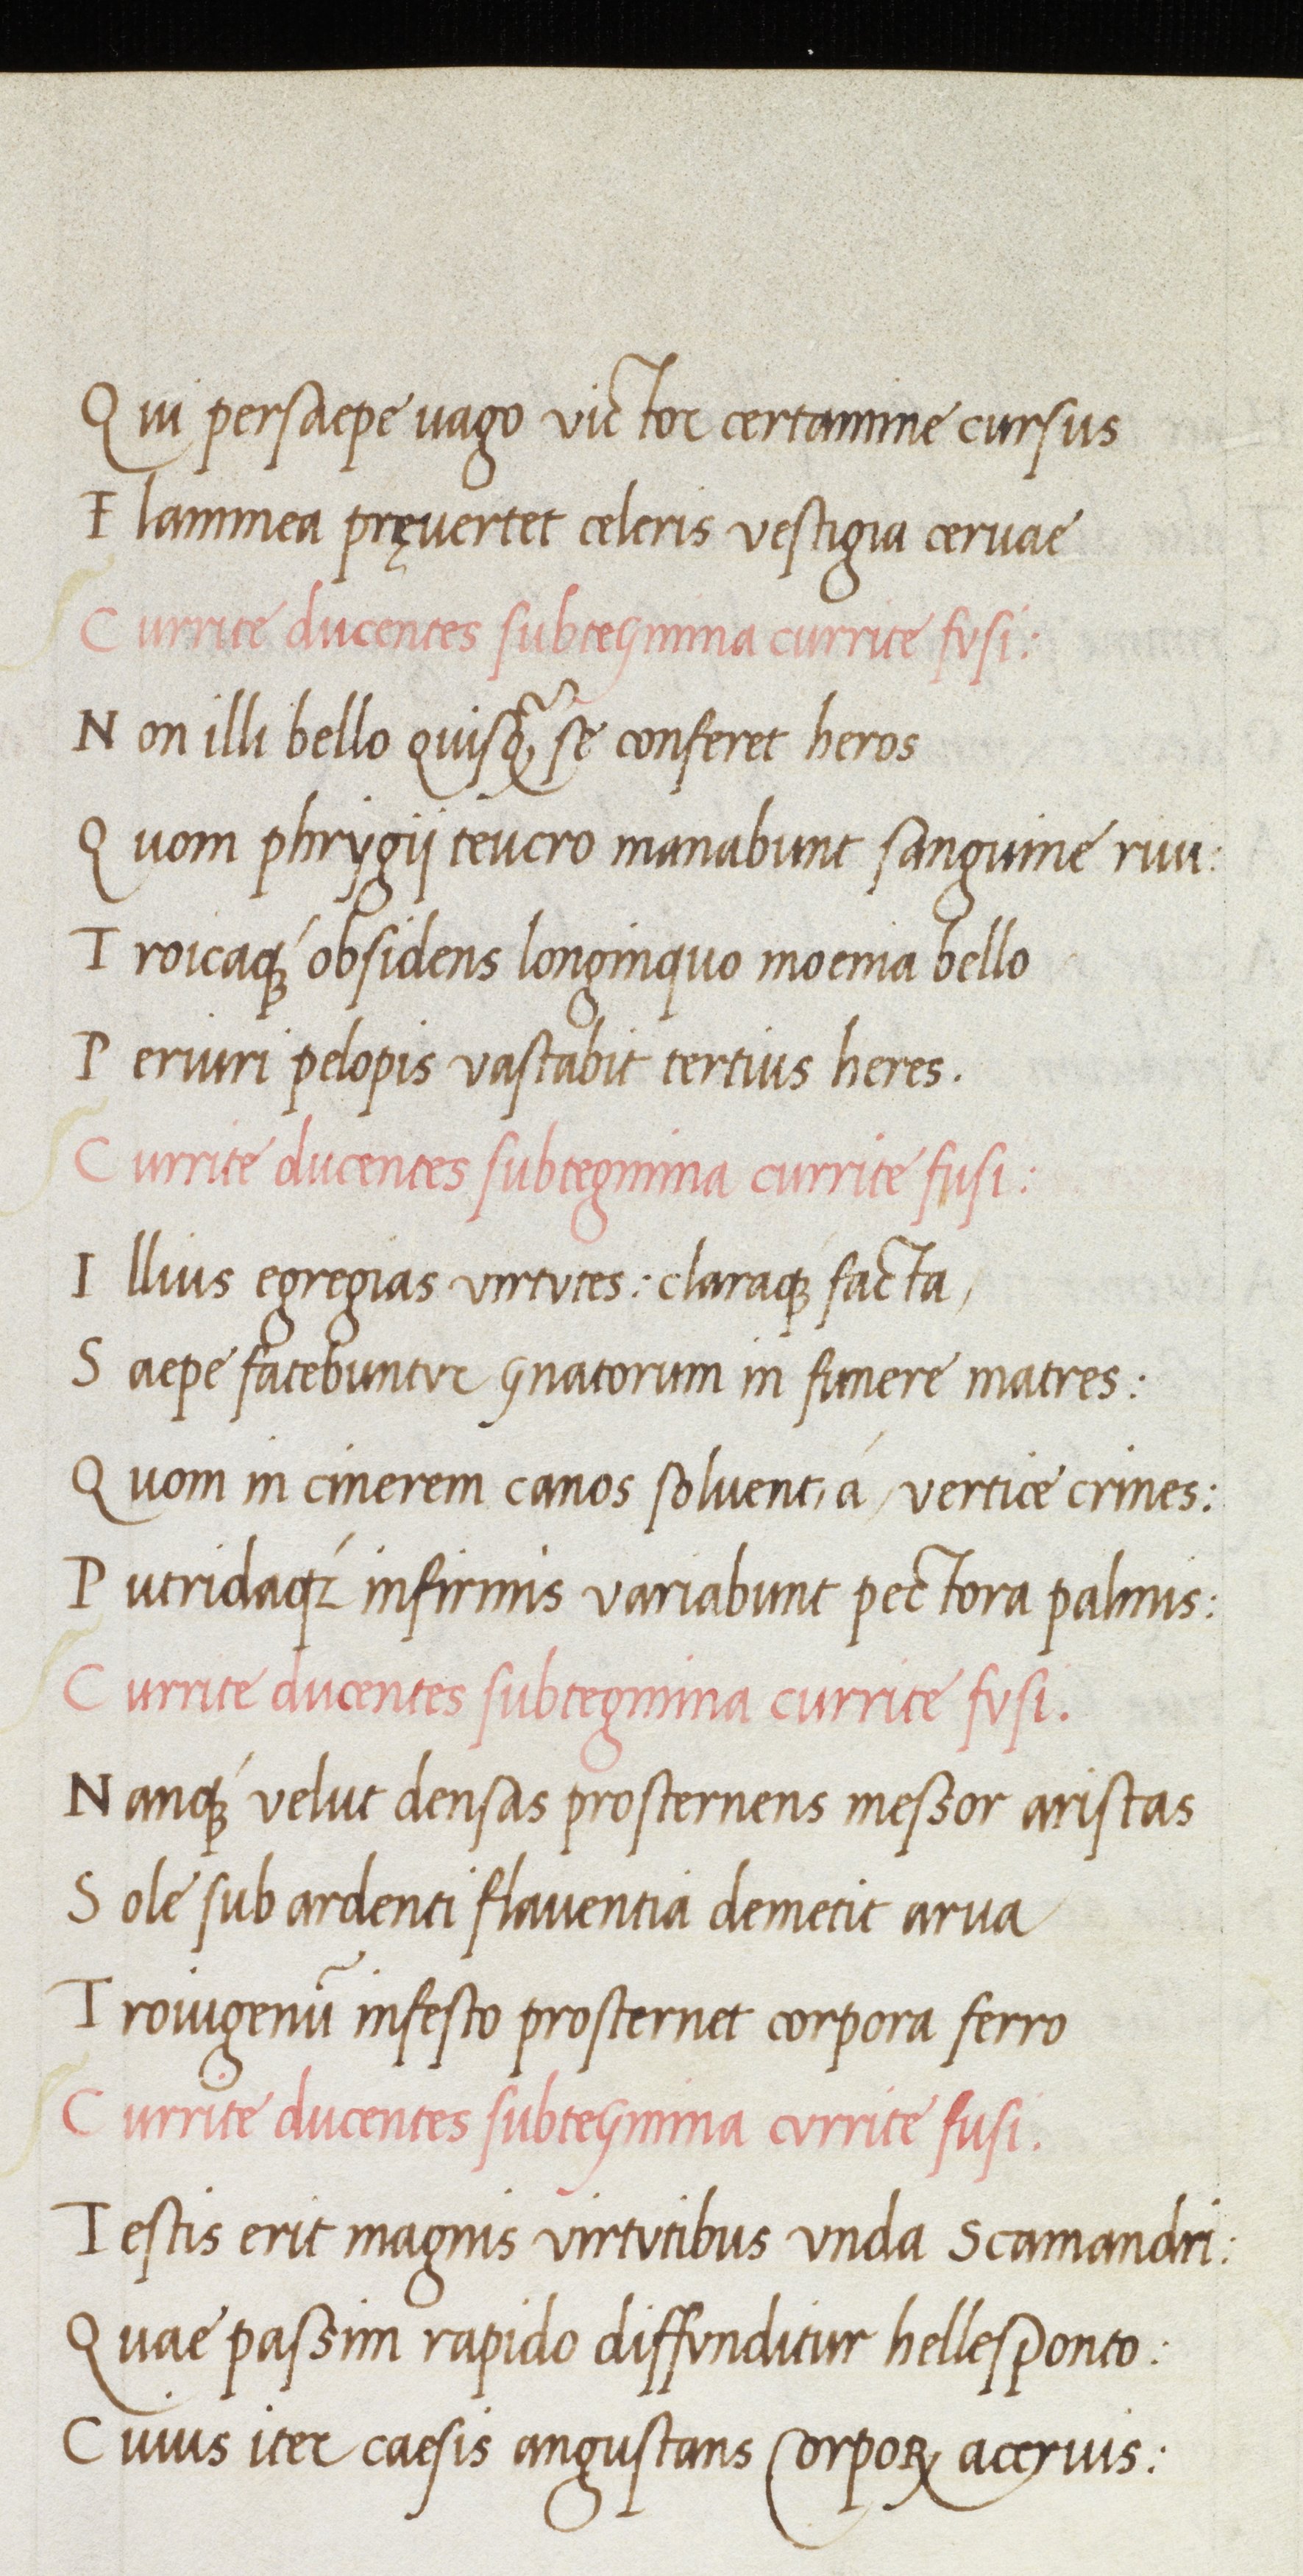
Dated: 1470–1499